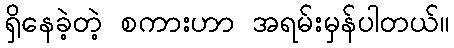
ရှိနေခဲ့တဲ့ စကားဟာ အရမ်းမှန်ပါတယ်။